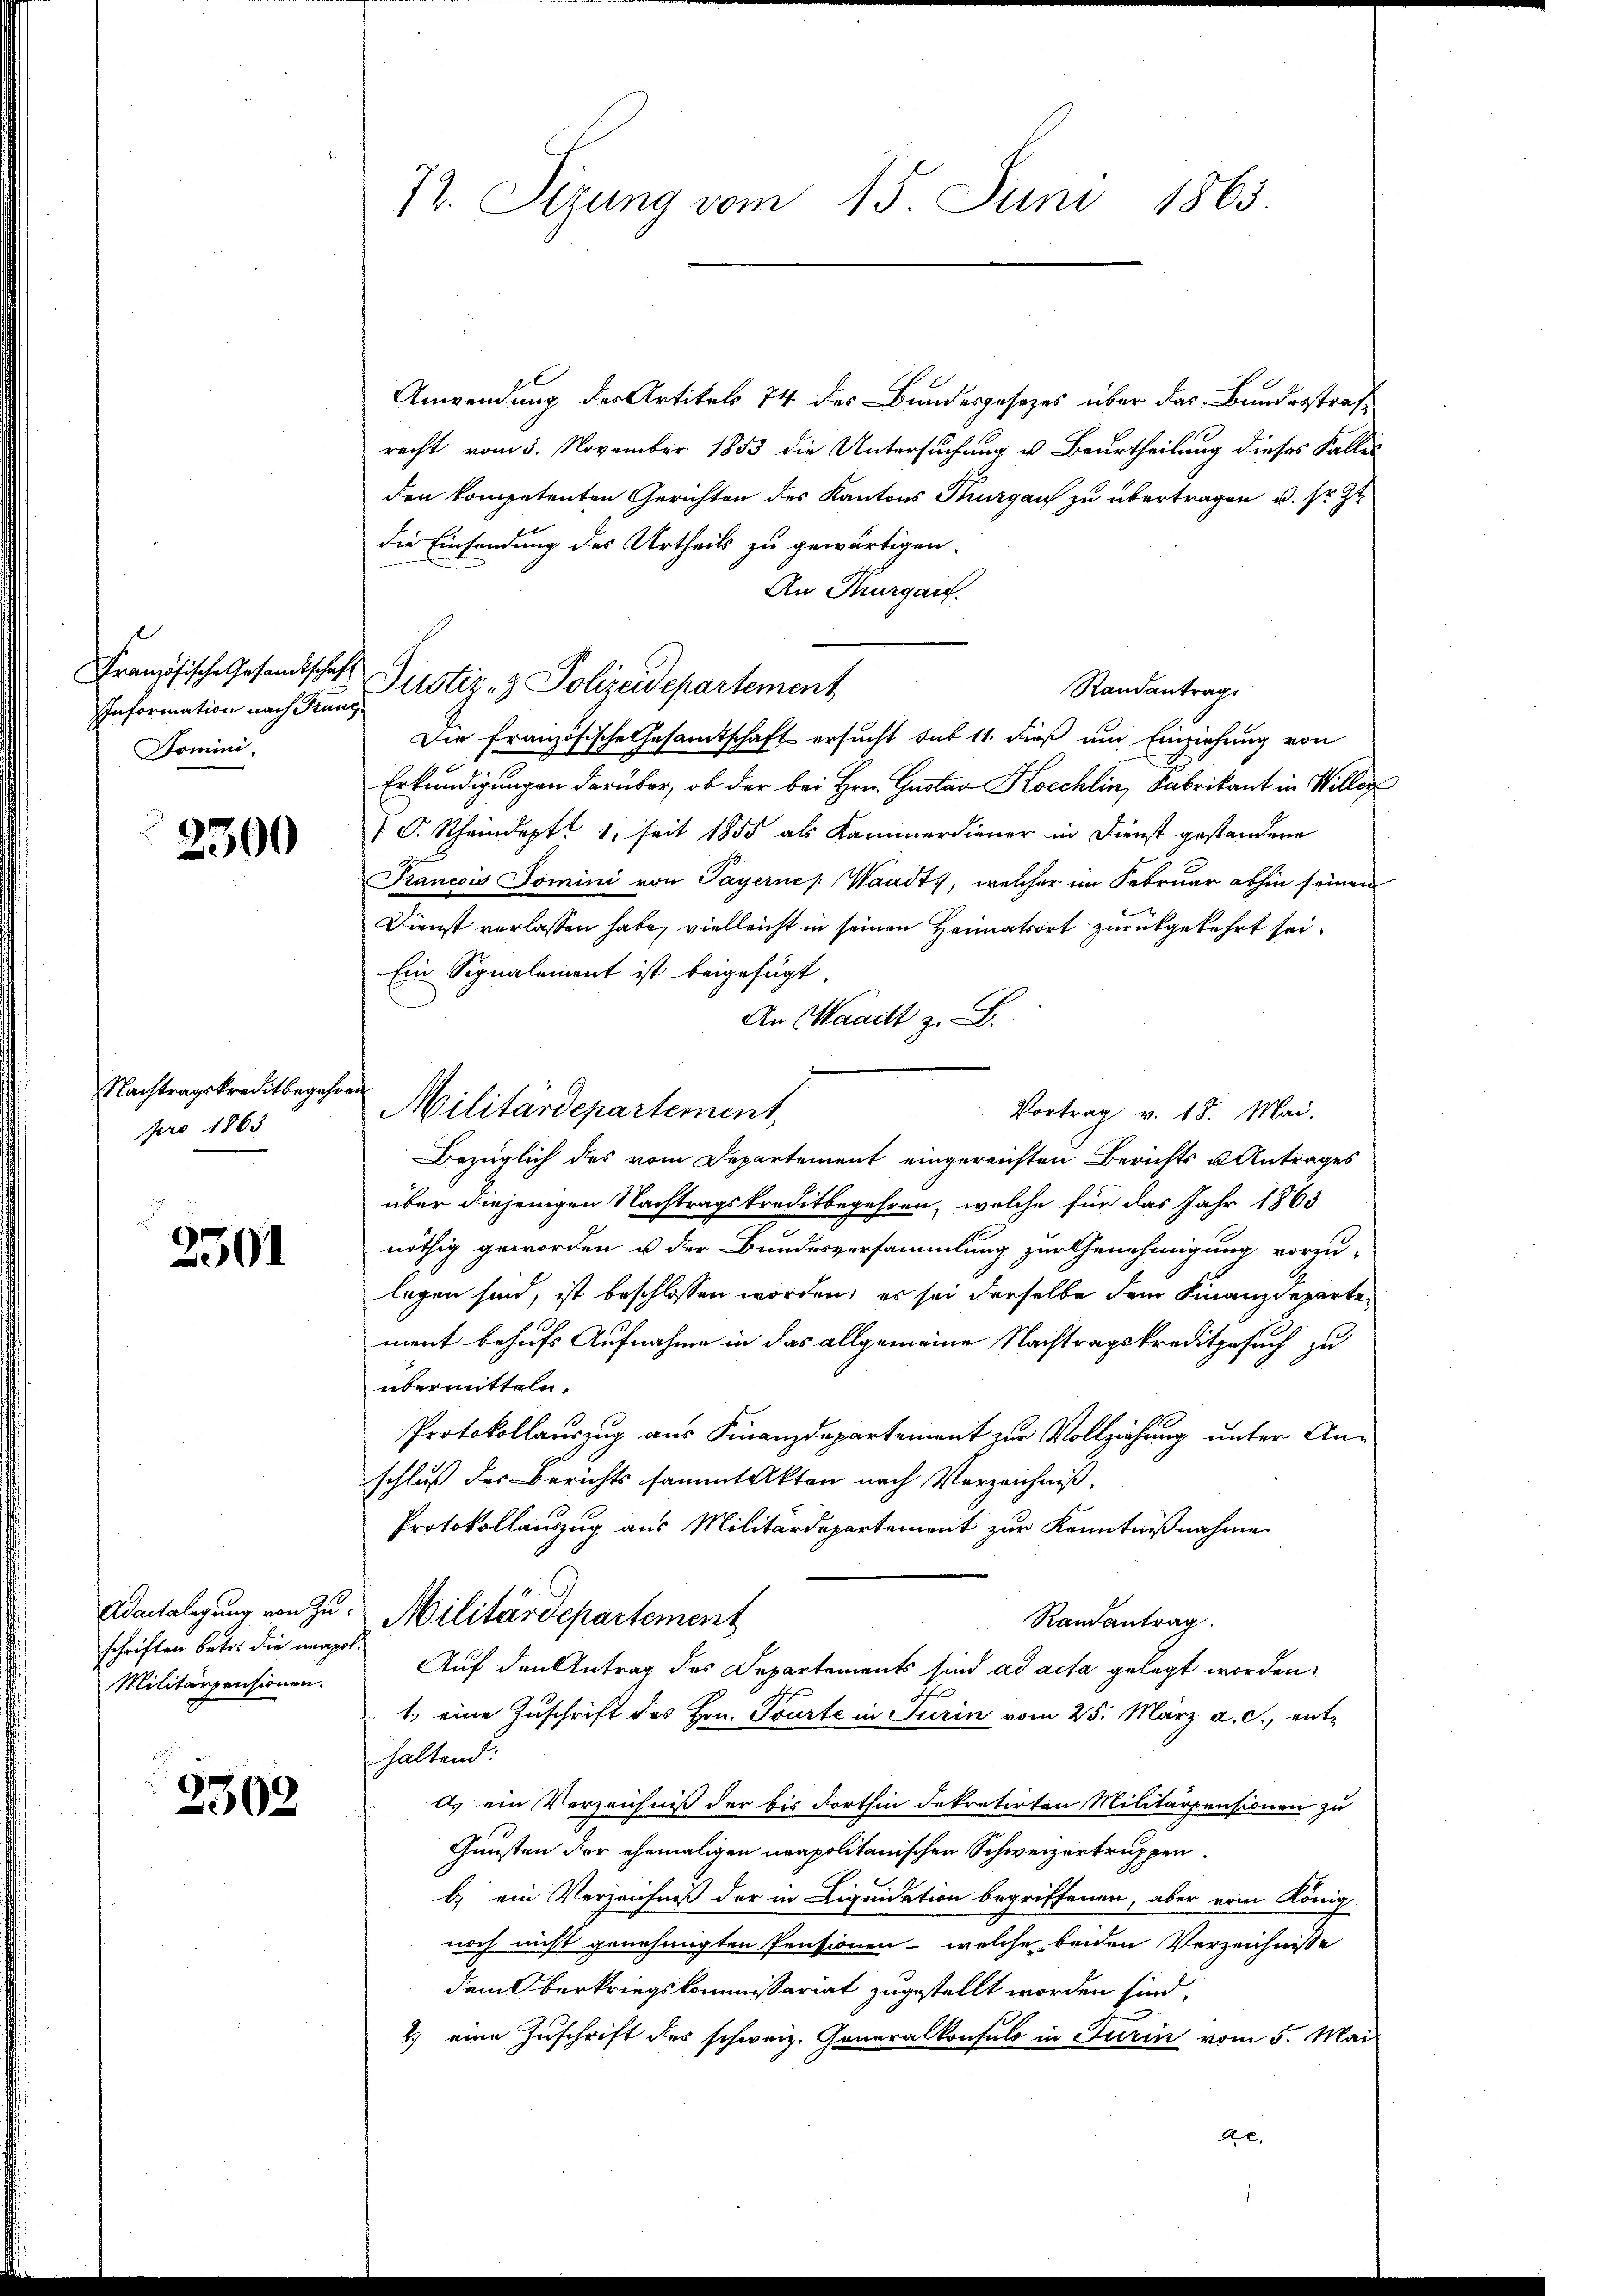
Information nach Franz
Domini,

2300

Nachtragskreditbegehr
pro 1863.

2301

Adantelegung von Zuschriften betr. die unapol
Militärpensionen.

2302

72. Sizung vom 15. Juni 1863.

Französische Gesandtschaft Justiz- & Polizeidepartement

Anwendung des Artikels 74 des Bundesgesezes über das Bundesstrafrecht vom 5. November 1853 die Untersuchung u. Beurtheilung dieses Falles
den kompetenten Gerichten des Kantons Thurgau zu übertragen u. sr. Zt
die Einsendung des Urtheils zu gewärtigen.
An Thurgau.
Randantrag
Die französische Gesandtschaft ersucht sub 11. dieß um Einziehung von
Erkundigungen darüber, ob der bei Hrn. Gustav Koechlin, Fabrikant in Willer
O. Rheindept. 1, seit 1855 als Kammerdiener in Dienst gestandene
Francois Domini von Payerner Waadt, welcher im Februar abhin seinen
Dienst verlassen habe, vielleicht in seinen Heimatsort zurückgekehrt sei.
Ein Signalement ist beigefügt.
An Waadt z. B.
Militärdepartement,
Vortrag v. 18. Mai.
Bezüglich des vom Departement eingereichten Berichts u Antrages
über diejenigen Nachtragskreditbegehren, welche für das Jahr 1863
nöthig geworden u der Bundesversammlung zur Genehmigung vorzu-
legen sind, ist beschlossen worden; es sei derselbe dem Finanzdeparte
ment behufs Aufnahme in das allgemeine Nachtragskreditgesuch zu
übermitteln.
Protokollauszug aus Finanzdepartement zur Vollziehung unter Anschluß des Berichts sammtakten nach Verzeichniß.
Protokollauszug aus Militärdepartement zur Kenntnißnahme
Militärdepartement
Randantrag.
Auf den Antrag des Departements sind ad acta gelegt worden:
1.) eine Zuschrift des Hrn. Tourte in Turin vom 25. März a. c., enthaltend:
a) ein Verzeichniß der bis dorthin dekretirten Militärpensionen zu
Gunsten der ehemaligen neapolitanischen Schweizertruppen.
b.) ein Verzeichniß der in Liquidation begriffenen, aber vom König
noch nicht genehmigten Pensionen - welche beiden Verzeichnisse
demberkriegskommissariat zugestellt worden sind.
2) eine Zuschrift des schweiz. Generalkonsuls in Turin vom 5. Mai
A.C.